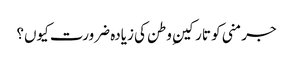
جرمنی کو تارکینِ وطن کی زیادہ ضرورت کیوں؟